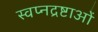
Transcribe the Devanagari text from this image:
स्वप्नद्रष्टाओं